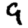
Digit: 9